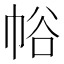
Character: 𢂲